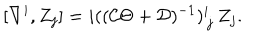
[ \nabla ^ { i } , Z _ { j } ] = i ( ( { \cal C } \Theta + { \cal D } ) ^ { - 1 } ) _ { \, j } ^ { i } \, Z _ { j } .